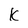
Character: K